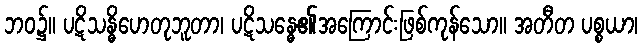
ဘဝ၌။ ပဋိသန္ဓိဟေတုဘူတာ၊ ပဋိသန္ဓေ၏အကြောင်းဖြစ်ကုန်သော။ အတီတ ပစ္စယာ၊